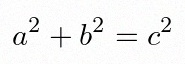
a^2+b^2=c^2